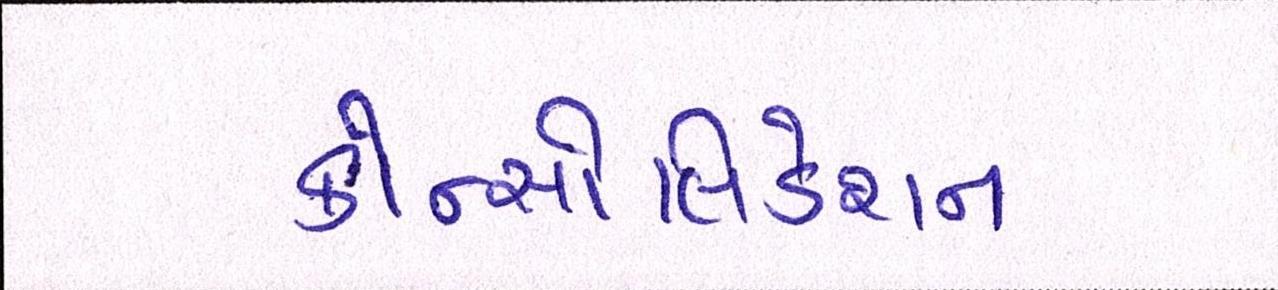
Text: કોન્સોલિડેશન